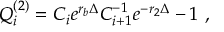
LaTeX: Q _ { i } ^ { ( 2 ) } = C _ { i } e ^ { r _ { b } \Delta } C _ { i + 1 } ^ { - 1 } e ^ { - r _ { 2 } \Delta } - 1 \ ,